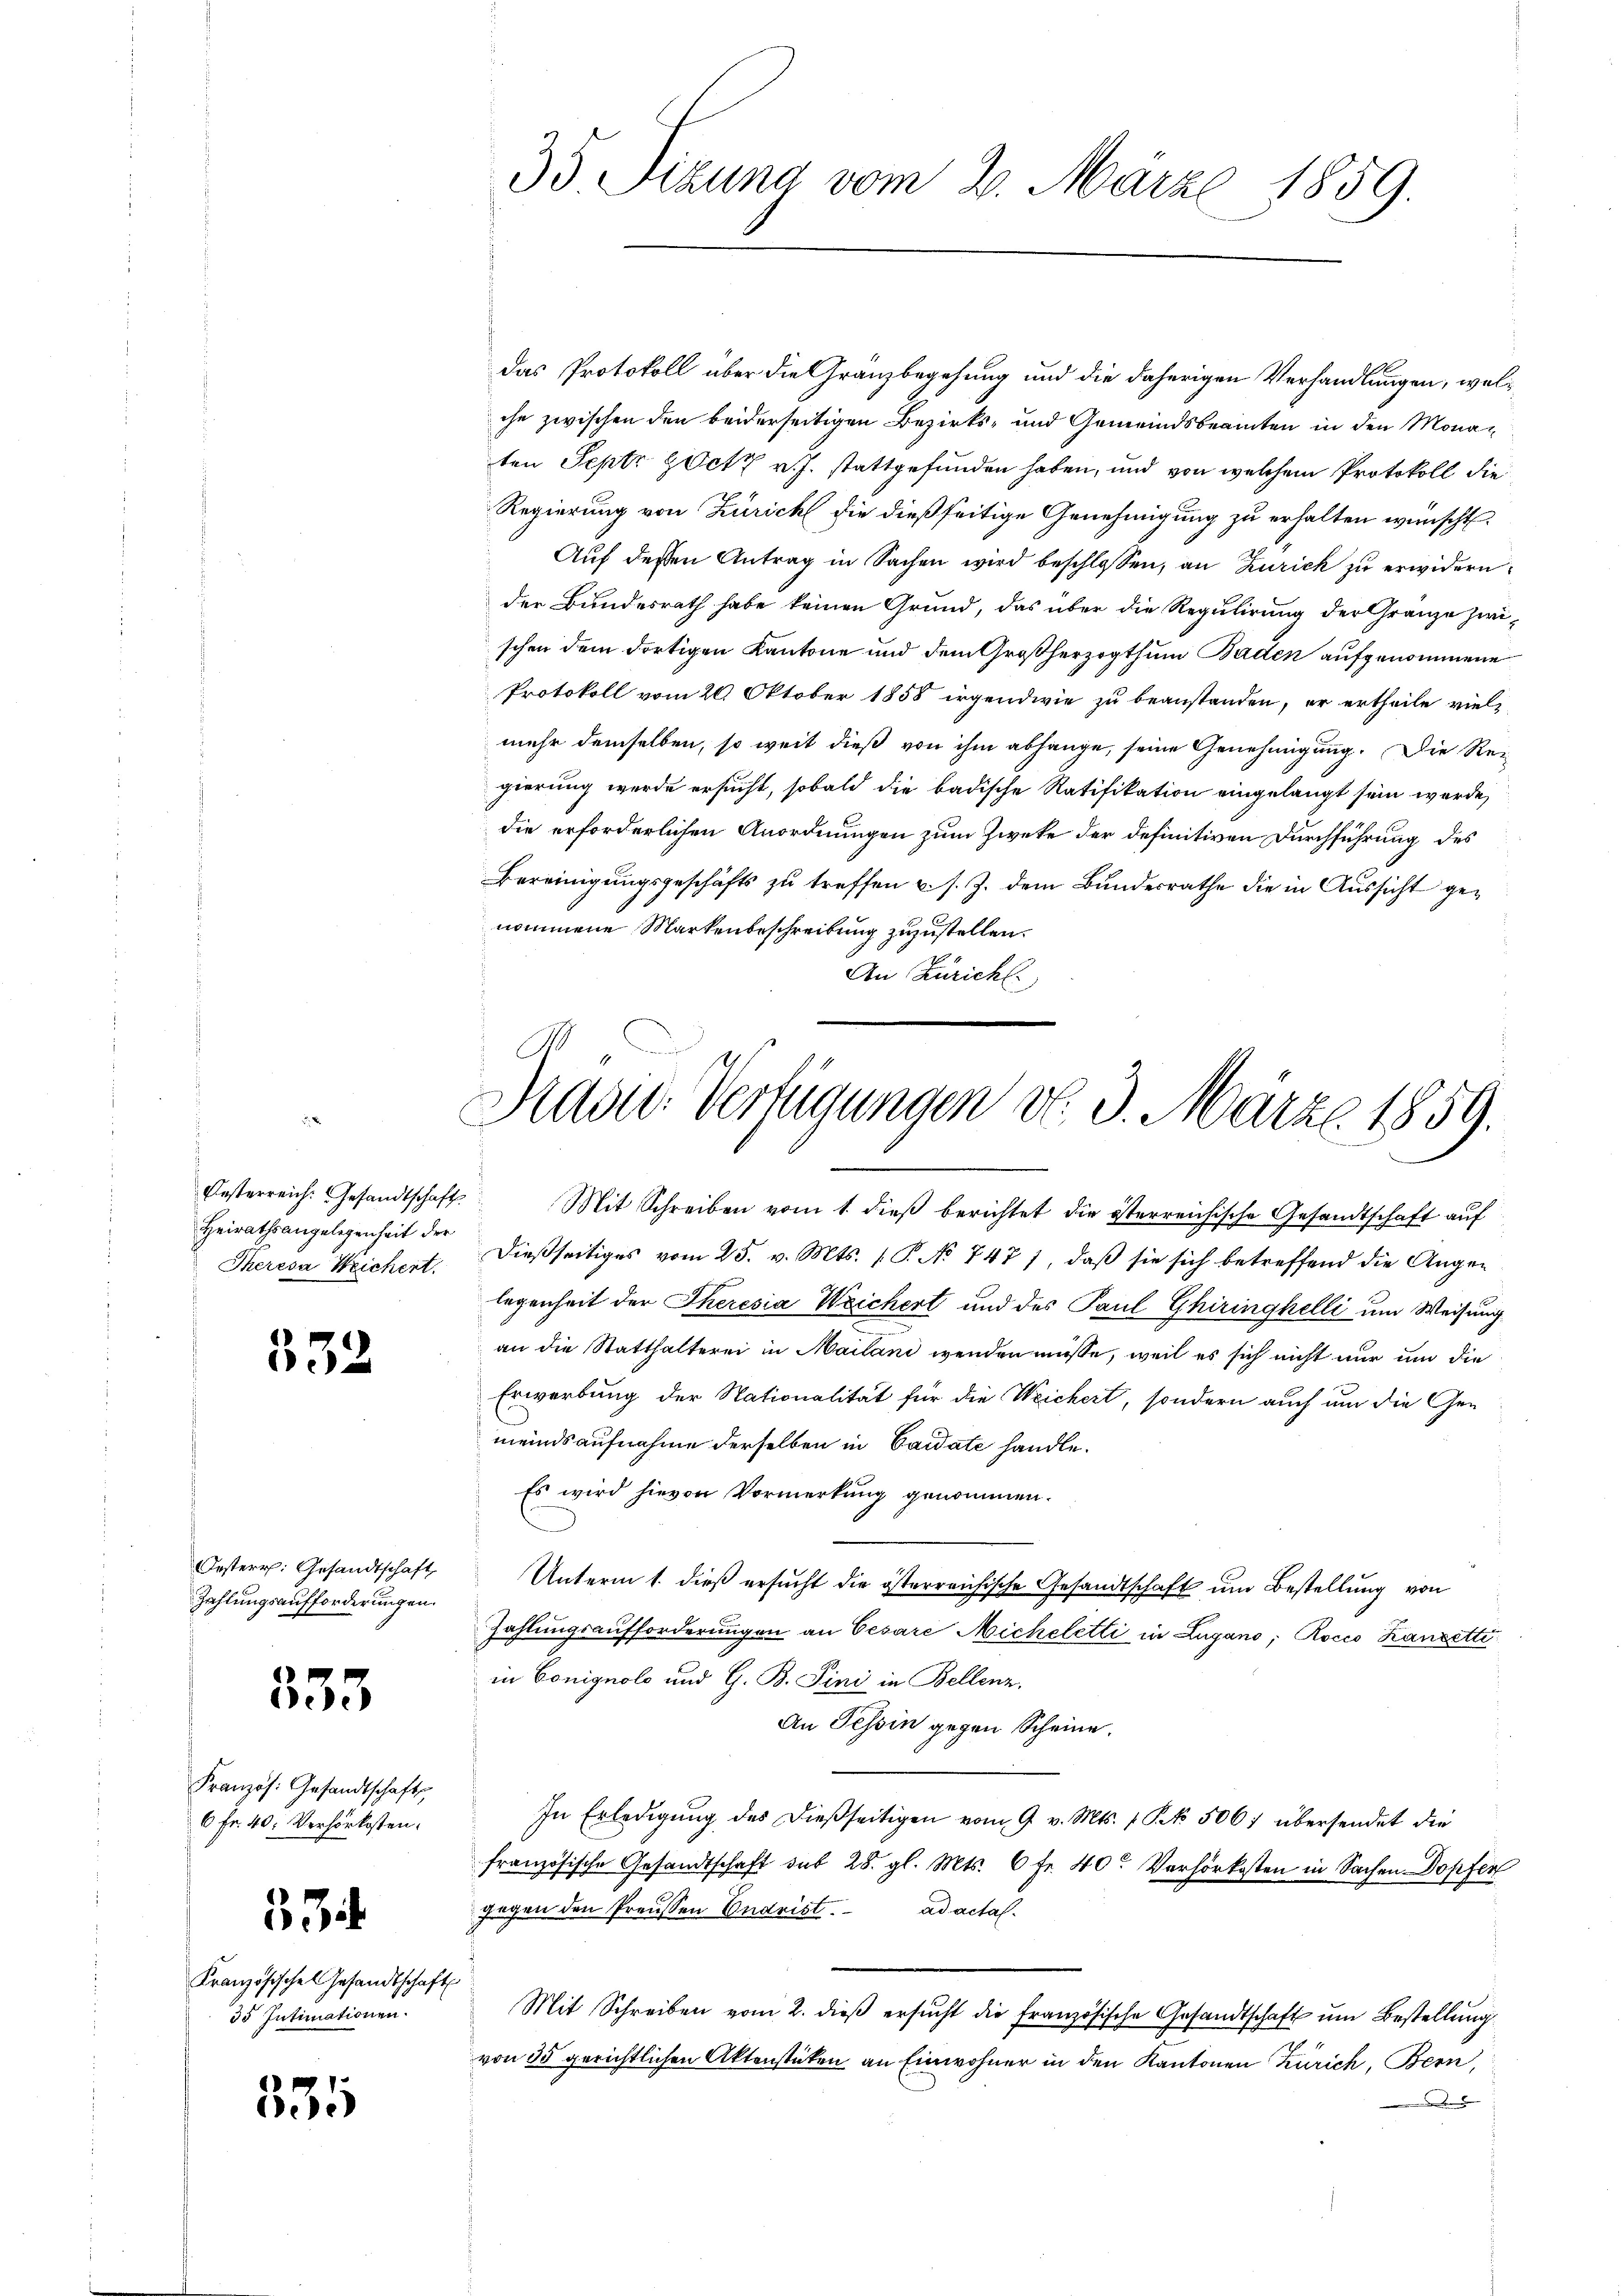
Heirathsangelegenheit der
Theresa Weichert.

332

Oesterr. Gesandtschaft,
Zahlungsaufforderungen.

335

Französ. Gesandtschaft
6 Fr. 40. Verhörkosten.

334

Kranzösisches Gesandtschaft
35 Intimationen.

535

Pravić-Verfügungen d. 3. März 1859.

35 Sizung vom 2. März 1859.

das Protokoll über die Granzbegehung und die daherigen Verhandlungen, welche zwischen den beiderseitigen Bezirks- und Gemeindsbeamten in den Monaten Septr YOctz v. J. stattgefunden haben, und von welchem Protokoll die
Regierung von Zürich die dießseitige Genehmigung zu erhalten wünscht.
Auf deßen Antrag in Sachen wird beschlossen, an Zürich zu erwidern
der Bundesrath habe keinen Grund, das über die Regulirung der Granze zwischen dem dortigen Kantone und dem Großherzogthum Baden aufgenommene
Protokoll vom 20. Oktober 1858 irgendwie zu beanstanden, er ertheile viel
mehr demselben, so weit dieß von ihm abhänge, seine Genehmigung. Die Re-
gierung werde ersucht, sobald die badische Ratifikation eingelangt sein werde,
die erforderlichen Anordnungen zum Zweke der definitiven Durchführung des
Bereinigungsgeschäfts zu treffen u. s. Z. dem Bundesrathe die in Aussicht genommene Markenbeschreibung zuzustellen.
An Züricht.

Oesterreich. Gesandtschaft. Mit Schreiben vom 1. dieβ berichtet die österreichische Gesandtschaft auf
dießseitiges vom 25. v. Mts. [P. No 747 1, daß sie sich betreffend die Angelegenheit der Theresia Weichert und des Paul Ghiringhelli um Weisung
an die Statthalterei in Mailand wenden müsse, weil es sich nicht nur und die
Erwerbung der Nationalität für die Weichert, sondern auch um die Gemeindsaufnahme derselben in Caidate handle.
Es wird hievon Vormerkung genommen.
Unterm 1. dieß ersucht die österreichische Gesandtschaft um Bestellung von
Zahlungsaufforderungen an Cesare Micheletti in Lugano, Rocco Kanzetti
in Conignola und G. B. Pini in Bellenz,
An Tessin gegen Scheine.
In Erledigŭng des dießseitigen vom 9. v. Mts. 1 Pk. 506. übersendet die
französische Gesandtschaft sub 28. gl. Mts. 6 fr. 40. Verhörkosten in Sachen Dopfen
gegen den Preussen Endrist. ad actal-
t
Mit Schreiben vom 2. dieβ ersŭcht die französische Gesandtschaft um Bestellung
von 35 gerichtlichen Aktenstücken an Einwohner in den Kantonen Zürich, Bern,
D